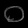
Digit: ၀